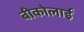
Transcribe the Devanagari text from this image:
बीकोलाई